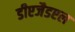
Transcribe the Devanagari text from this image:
डीएजैडएल